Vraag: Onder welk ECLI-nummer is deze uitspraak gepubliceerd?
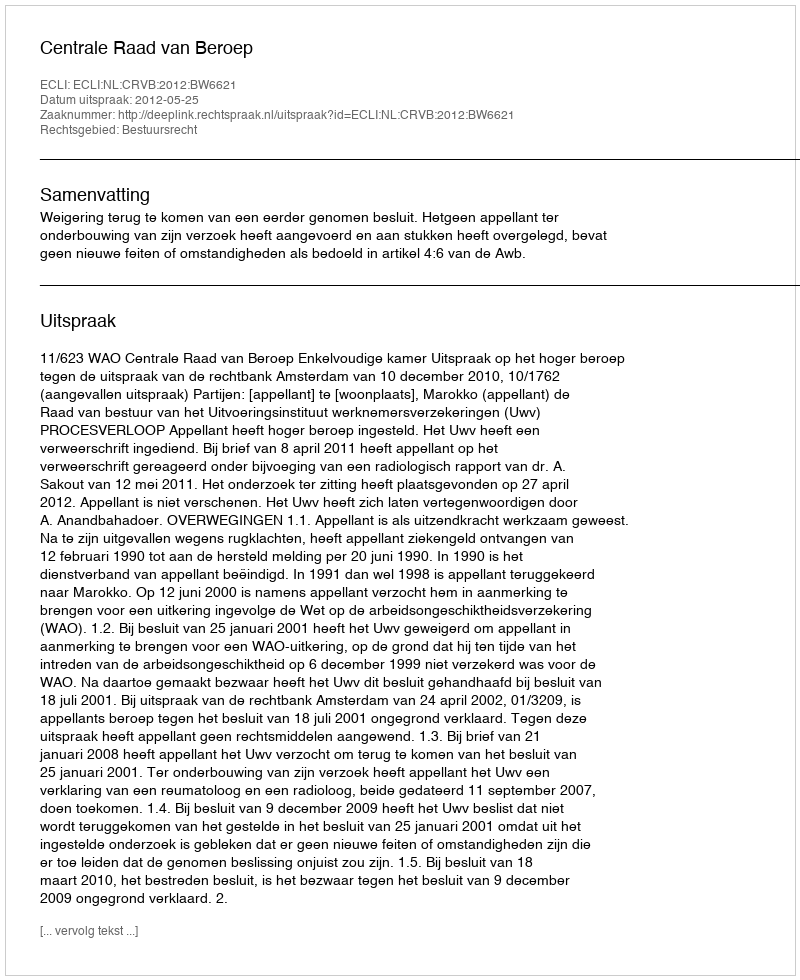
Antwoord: ECLI:NL:CRVB:2012:BW6621